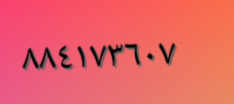
٨٨٤١٧٣٦٠٧